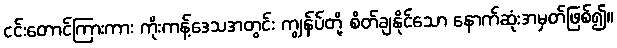
ငင်းတောင်ကြားကား ကိုးကန့်ဒေသအတွင်း ကျွန်ပ်တို့ စိတ်ချနိုင်သော နောက်ဆုံးအမှတ်ဖြစ်၍။